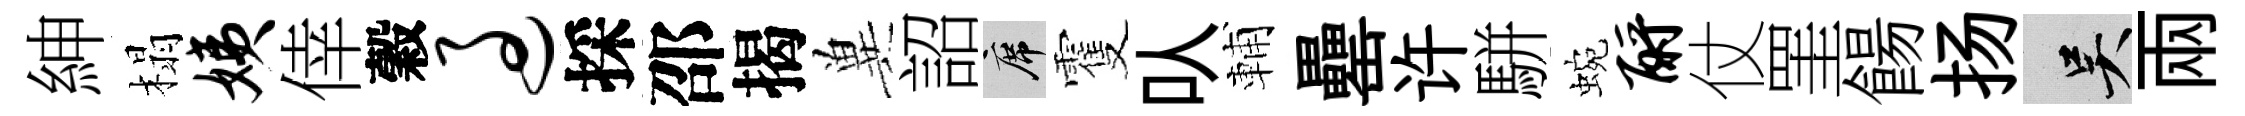
紳榻姨倖穀过採邵揭兾詔席䨥㕥輔罍许駢蜿酹仗罣餳扬吴兩